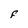
Character: F